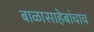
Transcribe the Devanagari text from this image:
बाळासाहेबांचाच